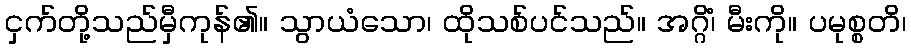
ငှက်တို့သည်မှီကုန်၏။ သွာယံသော၊ ထိုသစ်ပင်သည်။ အဂ္ဂိံ၊ မီးကို။ ပမုစ္စတိ၊